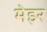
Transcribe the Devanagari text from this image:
मेइर